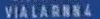
VIALARNA4